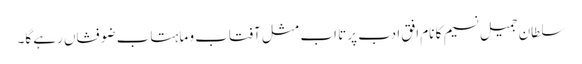
سلطان جمیل نسیم کا نام افق ادب پر تا اب مثل آفتاب و ماہتاب ضو فشاں رہے گا۔